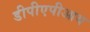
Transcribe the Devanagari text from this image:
डीपीएपीआय